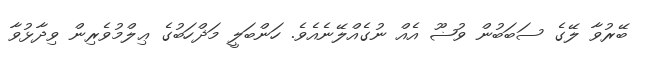
ބޭރުވާ ލޭގެ ސަބަބުން ވުޟޫ އެއް ނުގެއްލޭނެއެވެ. ހަންބަލީ މަޛްހަބުގެ ޢިލްމުވެރިން ވިދާޅުވާ